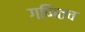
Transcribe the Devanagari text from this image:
गणितच